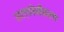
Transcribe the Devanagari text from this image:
सल्फोनीकरण